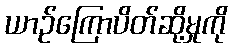
ယာဉ်ကြောပိတ်ဆို့မှုကို